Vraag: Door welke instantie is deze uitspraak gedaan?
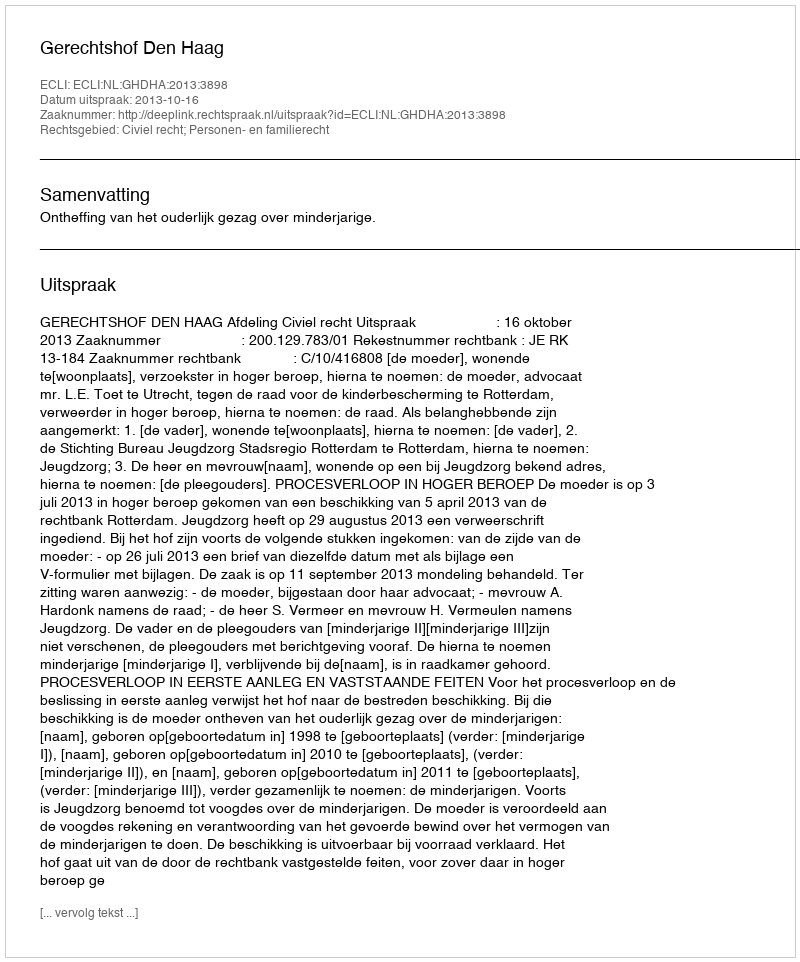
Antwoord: Gerechtshof Den Haag